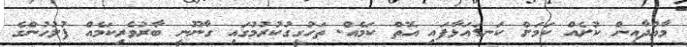
މާއްދާއިން ކުށެއް ކަަމަށް ކަނޑައަޅާފައި އޮތް ކަމެއް. ތަހުގީގުކުރުމުގައި ގާނޫނީ ބާރުވެރިކަމެއް ފުލުހުންގެ